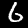
Digit: 6